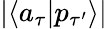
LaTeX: |\langle a_{\tau}|p_{\tau^{\prime}}\rangle|